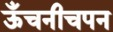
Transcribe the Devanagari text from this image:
ऊँचनीचपन